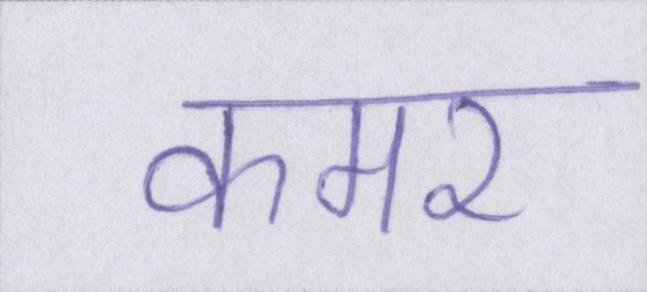
कमर